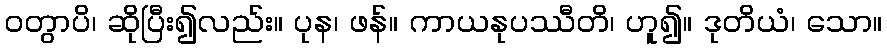
ဝတွာပိ၊ ဆိုပြီး၍လည်း။ ပုန၊ ဖန်။ ကာယနုပဿီတိ၊ ဟူ၍။ ဒုတိယံ၊ သော။